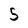
Character: S